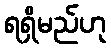
ရရှိမည်ဟု